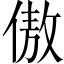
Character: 傲